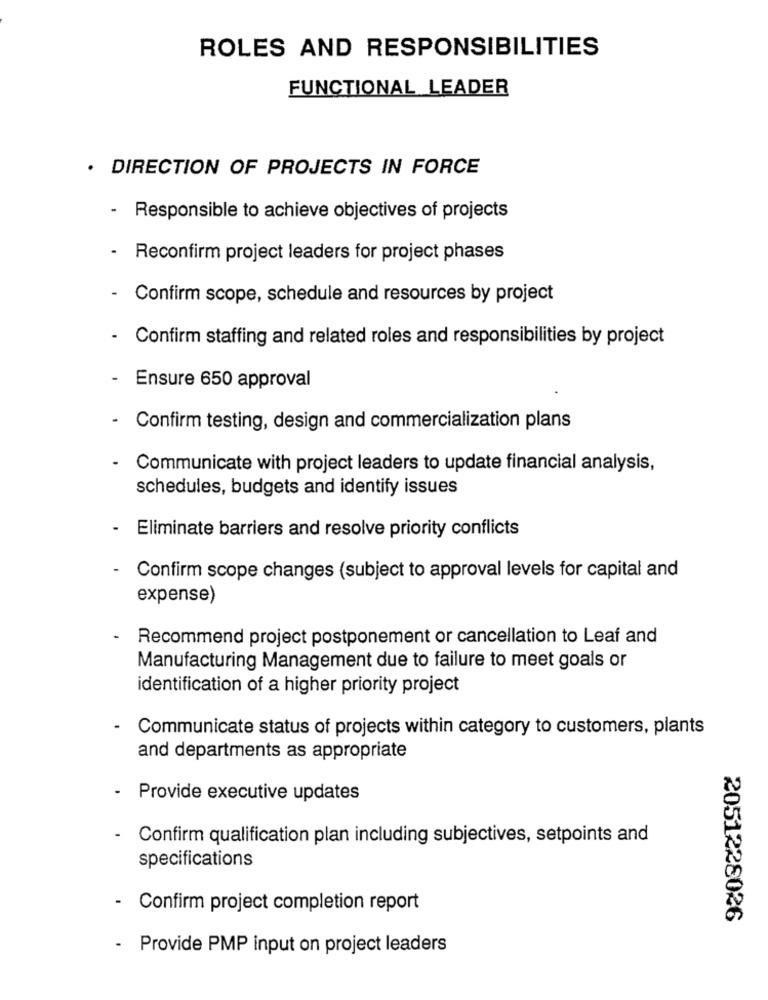
ROLES AND RESPONSIBILITIES
FUNCTIONAL LEADER
. DIRECTION OF PROJECTS IN FORCE
- Responsible to achieve objectives of projects
.
Reconfirm project leaders for project phases
Confirm scope, schedule and resources by project
Confirm staffing and related roles and responsibilities by project
-
Ensure 650 approval
Confirm testing, design and commercialization plans
- Communicate with project leaders to update financial analysis,
schedules, budgets and identify issues
Eliminate barriers and resolve priority conflicts
Confirm scope changes (subject to approval levels for capital and
expense)
Recommend project postponement or cancellation to Leaf and
Manufacturing Management due to failure to meet goals or
identification of a higher priority project
Communicate status of projects within category to customers, plants
and departments as appropriate
- Provide executive updates
- Confirm qualification plan including subjectives, setpoints and
specifications
- Confirm project completion report
2051228026
- Provide PMP input on project leaders